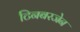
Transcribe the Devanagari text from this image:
टिनबरजेन